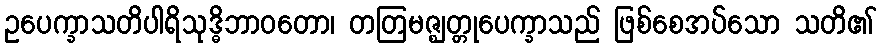
ဥပေက္ခာသတိပါရိသုဒ္ဓိဘာဝတော၊ တတြမဇ္ဈတ္တုပေက္ခာသည် ဖြစ်စေအပ်သော သတိ၏